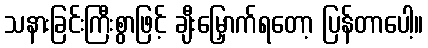
သနားခြင်းကြီးစွာဖြင့် ချီးမြှောက်ရတော့ ပြန်တာပေါ့။